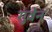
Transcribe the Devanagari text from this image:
गुवेन